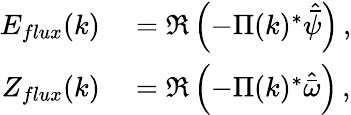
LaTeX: \begin{array}{rl}{E_{flux}(k)}&{{}=\mathfrak{R}\left(-\Pi(k)^{*}\hat{\bar{\psi}}\right)\, ,}\\ {Z_{flux}(k)}&{{}=\mathfrak{R}\left(-\Pi(k)^{*}\hat{\bar{\omega}}\right)\, ,}\end{array}